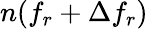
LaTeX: n(f_{r}+\Delta f_{r})